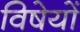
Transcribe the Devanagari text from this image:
विषेयों